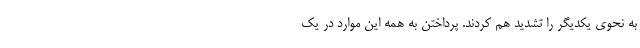
به نحوی یکدیگر را تشدید هم کردند. پرداختن به همه این موارد در یک